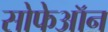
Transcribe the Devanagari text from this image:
सोफेऑन